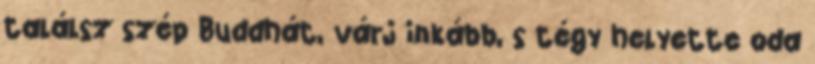
találsz szép Buddhát, várj inkább, s tégy helyette oda